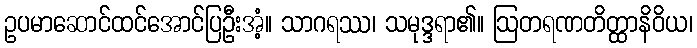
ဥပမာဆောင်ထင်အောင်ပြဦးအံ့။ သာဂရဿ၊ သမုဒ္ဒရာ၏။ ဩတရဏတိတ္ထာနိဝိယ၊